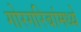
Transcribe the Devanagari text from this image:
गोरगरिबांमध्ये